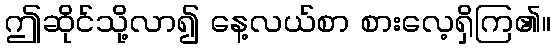
ဤဆိုင်သို့လာ၍ နေ့လယ်စာ စားလေ့ရှိကြ၏။